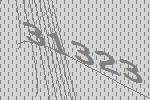
31323